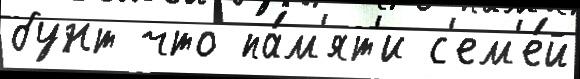
бунт что па́м'ят'и с'ем'е́й